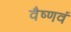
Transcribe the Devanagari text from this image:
वैष्णवं